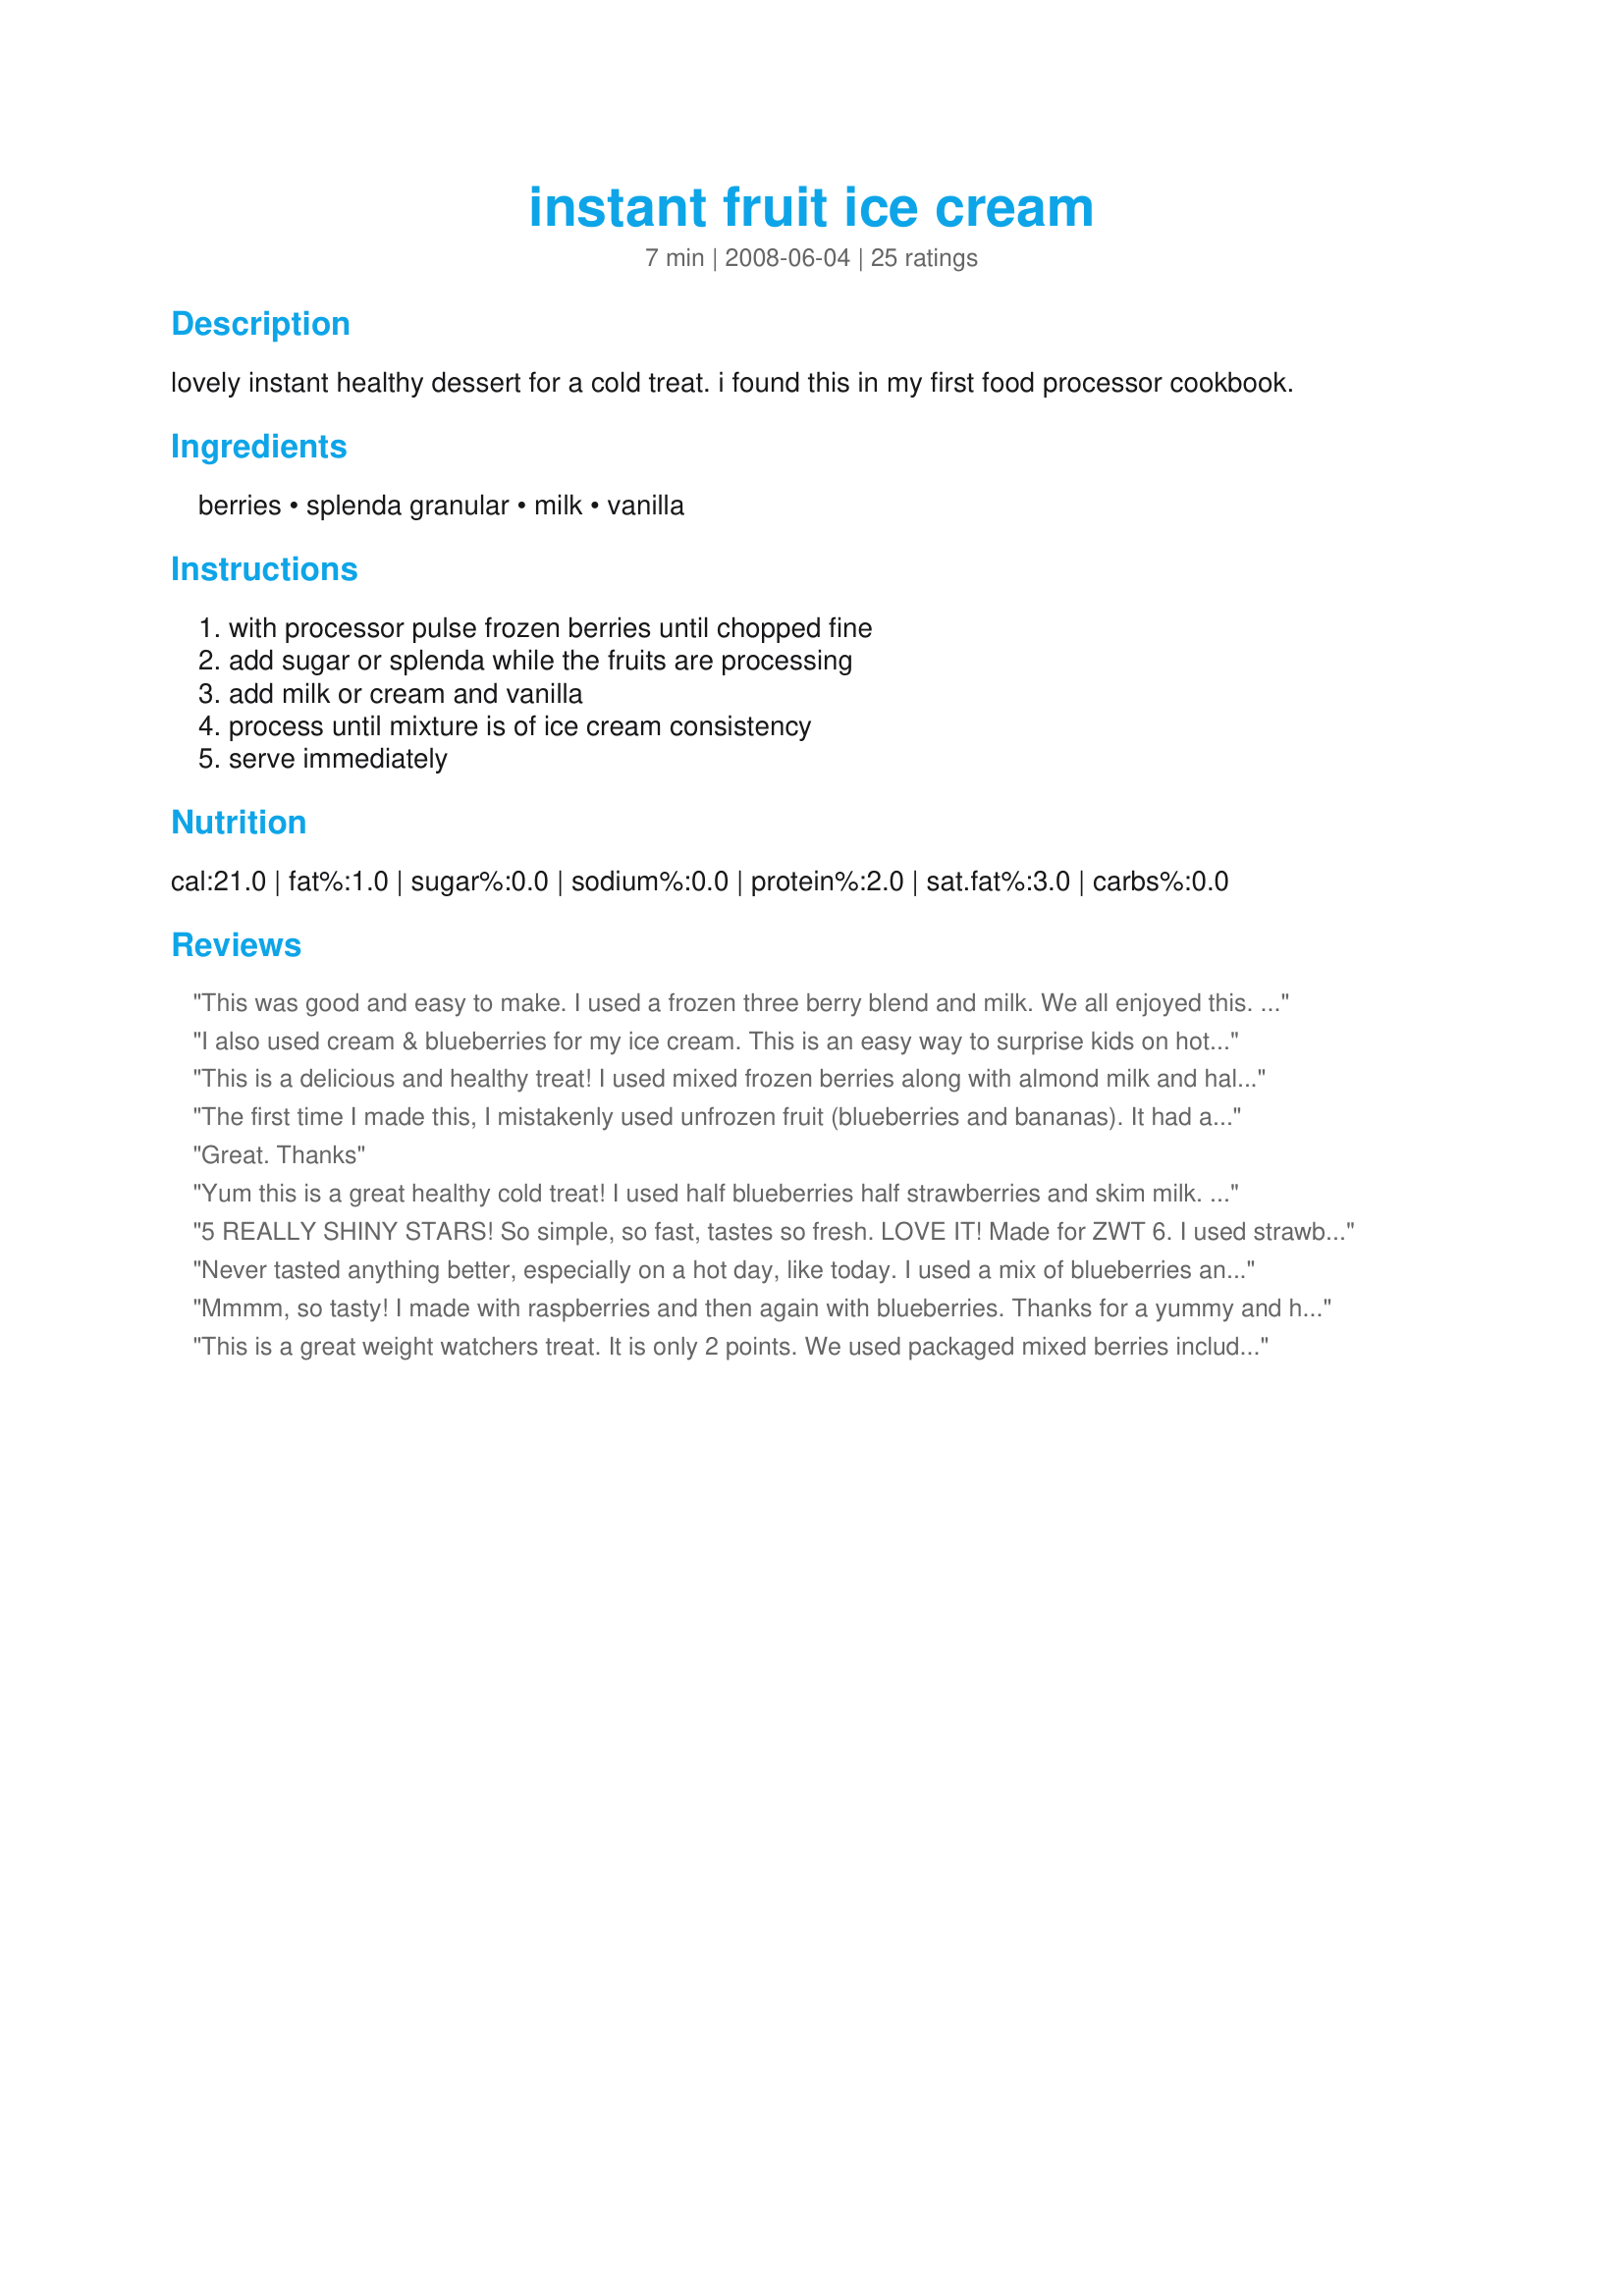
instant fruit ice cream
Preparation time: 7 minutes

lovely instant healthy dessert for a cold treat.
i found this in my first food processor cookbook.

Ingredients:
berries, splenda granular, milk, vanilla

Steps:
with processor pulse frozen berries until chopped fine, add sugar or splenda while the fruits are processing, add milk or cream and vanilla, process until mixture is of ice cream consistency, serve immediately

Reviews:
This was good and easy to make. I used a frozen three berry blend and milk. We all enjoyed this. I can't wait to try some other flavors.
I also used cream & blueberries for my ice cream. This is an easy way to surprise kids on hot summer days. Made for NWT6- No-Nonsense Nibblers
This is a delicious and healthy treat! I used mixed frozen berries along with almond milk and half and half to give it a thicker texture. I was quite happy to find a good and easy way to use up some splenda. Made for ZWT6
The first time I made this, I mistakenly used unfrozen fruit (blueberries and bananas). It had a lovely flavor, but when I made it correctly, the 2nd time, it was superb! I used black raspberries we bought in Michigan last summer and was absolutely impressed with how yummy and easy this was. I will definitely be making this again and toying with different combinations. Thanks so much for sharing! Made and reviewed for the No Nonsense Nibblers of ZWT 6.
Great. Thanks
Yum this is a great healthy cold treat! I used half blueberries half strawberries and skim milk. I actually used half the splenda which I thought was sweet enough. I used my blender and had to add a tad more milk in order for it to blend, but it was still soft ice cream consistancy. A great cold healthy dessert in literally 2 minutes. Thanks! Reviewed during ZWT 4.
5 REALLY SHINY STARS! So simple, so fast, tastes so fresh. LOVE IT! Made for ZWT 6. I used strawberries. Can't wait to try other fruits.
Never tasted anything better, especially on a hot day, like today. I used a mix of blueberries and strawberries, which had a nice colour to it. Wil most likely be having it again this week, since there will be a heat wave in my city.
Mmmm, so tasty! I made with raspberries and then again with blueberries. Thanks for a yummy and healthy dessert. I used regular sugar and rice milk. Made for the Epicurean Queens for ZWT 2009.
This is a great weight watchers treat. It is only 2 points. We used packaged mixed berries including mango,strawberries,blueberries. Using a blender was a pain but it&#039;s all we have. I can&#039;t wait to make more. No more fattening ice cream deserts for me.
Yummy, Delicious, and extremely quick. I used boysenberries that I had picked earlier this week. Wonderful for instant snacks. Made for I recommend.
Made & reviewed for ZWT 4 - Kumquat's Kookin' Kaboodles! I wish I had made double the amount.....this is delicious - ice cream without the hassle! We all loved this & there was hardly any Splenda aftertaste which is a bonus (now I can give this to my MIL without her feeling like she's missing out too much :)
Oh this is so GOOD and good for you!
You can make it with any fruit 
My favorite is Banana Berry!
You CAN'T forget the whipped cream & sprinkles!!
WOW! It really does work! I have been looking at this recipe for a couple of years now and finally decided to give it try. It is wonderful. I used unsweetened blackberries and fat-free half and half, as well as the Splenda. Great low sugar dessert. Going to try it this summer with frozen cherries. Made for Best of 2011 game.
I have not made this yet because I do not use artificial sweeteners. If I do make it I will use natural sugar or tubinado sugar or even honey or agave syrup. Unless you are diabetic, that's the only reason a person should use these sweeteners. Parents should read more about these sweeteners before giving it to their kids.
Oh wow, is this wonderful or what? I used frozen cherries and fat free half and half, and thought I had died and gone to heaven! Thanks for my new favorite treat!
This was really good. I used blueberries and cream. I put it in the freezer to stiffen up a bit after I took it out of the blender. Very good and refreshing.Thank you- Made for ZWT6 and the diabetic challenge.** word of warning** This can be very sweet esp. when frozen, so watch how much Splenda you use.**
This is top notch, sin free summer eating! I used strawberries with fat free half and half which gave me an ice cream that is truly banana split worthy. This is so much better than the others I have tried that used instant pudding. Thanks for sharing this *wonderful* recipe!
Instant ice cream, wow! So I really can have it that quickly, if I want it. I made this recipe for ZWT #6 and I used the last of my fresh strawberries. And it was super delicious! I had it after a spicy lunch dish, so having this frozen treat was very refreshing. I think I might have added more cream than was called for though, as it came out a little thin. So I let it sit in the freezer for about 1/2 hour, and it was perfect. Thanks for sharing your recipe, Sage. I will definitely make this again (and again and again).
Oh so easy to make. Ive made it twice now once with mango/peach and once with strawberries. Both were were good, with the mango/peach I used 2 tbsp of agave sweetner and with the strawberry I used the 1/4 cup splenda. Thanks for sharing this recipe.
Wow!! This is so easy and makes a fantastic soft serve ice cream. Made two batches the first on as written with berries and it was gone before I got a photo and the second with frozen peaches, both were big hits and will be made a again. Thanks so very much for this very tasty treat.
A nice treat for a hot day! Very quick and very easy to make. We made ours with my mother's home grown frozen blueberries. It was great except that we had the skins stuck between our teeth, which was quite amusing :)
What a wonderful treat for someone who can no longer have regular ice cream because of the sugar. I used frozen strawberries and half and half. I didn't measure the ingredients but kind of eyeballed it. The end result was more like a strawberry soft serve. I put it in the freezer for 1/2 an hour it firmed up nicely. I will be making this often during the hot summer season. I can't wait to try this with other frozen berries or maybe even some frozen peaches...YUM!!! This one is going straight into the keeper file. Made for Diabetic Cooking Tag Game.
Well, now ~ It can't get much easier than this! Made with a combo of frozen berries & it was wonderful! A great, cool treat on a warm day! I'll definitely be making this one again! Thanks for sharing the recipe! [Made & reviewed in I Recommend recipe tag]
I like this I have tried this a couple times. First I tried strawberries a little less sugar and a teaspoon of vanilla. The second time I peeled bananas and cut them in chunks froze then blended with vanilla, milk and sugar. Made for ZWT 4
